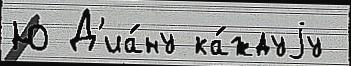
Ю Д'иа́ну ка́ждуjу